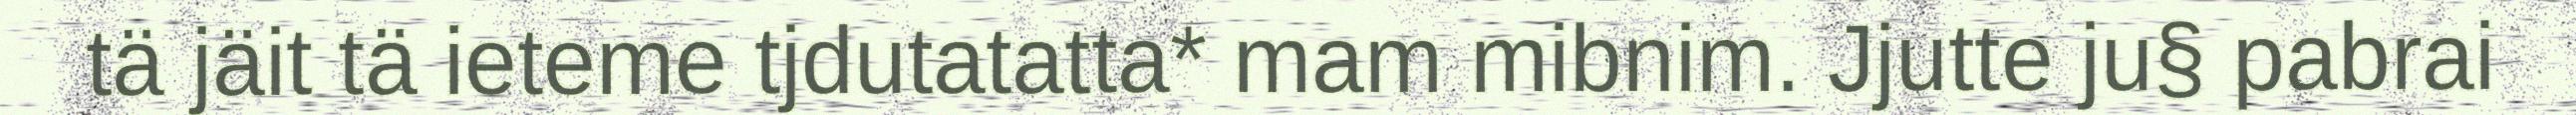
tä jäit tä ieteme tjdutatatta* mam mibnim. Jjutte ju§ pabrai